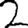
Digit: 2